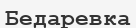
Бедаревка